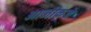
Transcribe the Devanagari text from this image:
आजीकडे